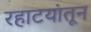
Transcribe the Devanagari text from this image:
रहाटयांतून